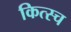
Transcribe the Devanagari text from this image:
कित्स्च